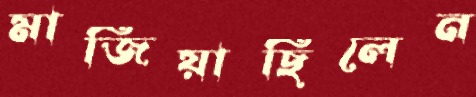
মাজিয়াছিলেন